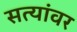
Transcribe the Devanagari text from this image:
सत्यांवर